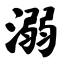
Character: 溺